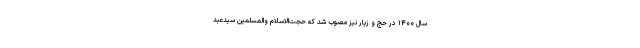
سال ۱۴۰۰ در حج و زیار نیز مصوب شد که حجت‌الاسلام والمسلمین سیدعبد